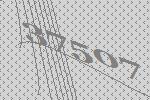
37507